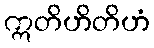
ဣတိဟိတိဟံ